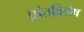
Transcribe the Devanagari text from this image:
प्रांतविशेष